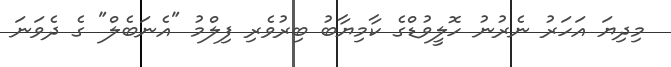
މިދިޔަ އަަހަރު ނެރުނު ހޮލީވުޑްގެ ކާމިޔާބު ބިރުވެރި ފިލްމު "އެނަބެލް" ގެ ދެވަނަ